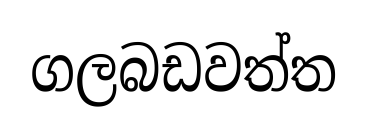
ගලබඩවත්ත